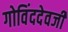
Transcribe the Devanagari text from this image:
गोविंददेवजी